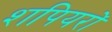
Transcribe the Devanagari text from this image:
शपियरों